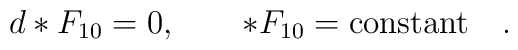
d *F_{10} = 0 , \quad\quad *F_{10} = {\rm constant} \quad .